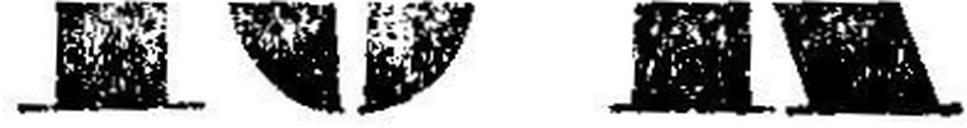
10 K